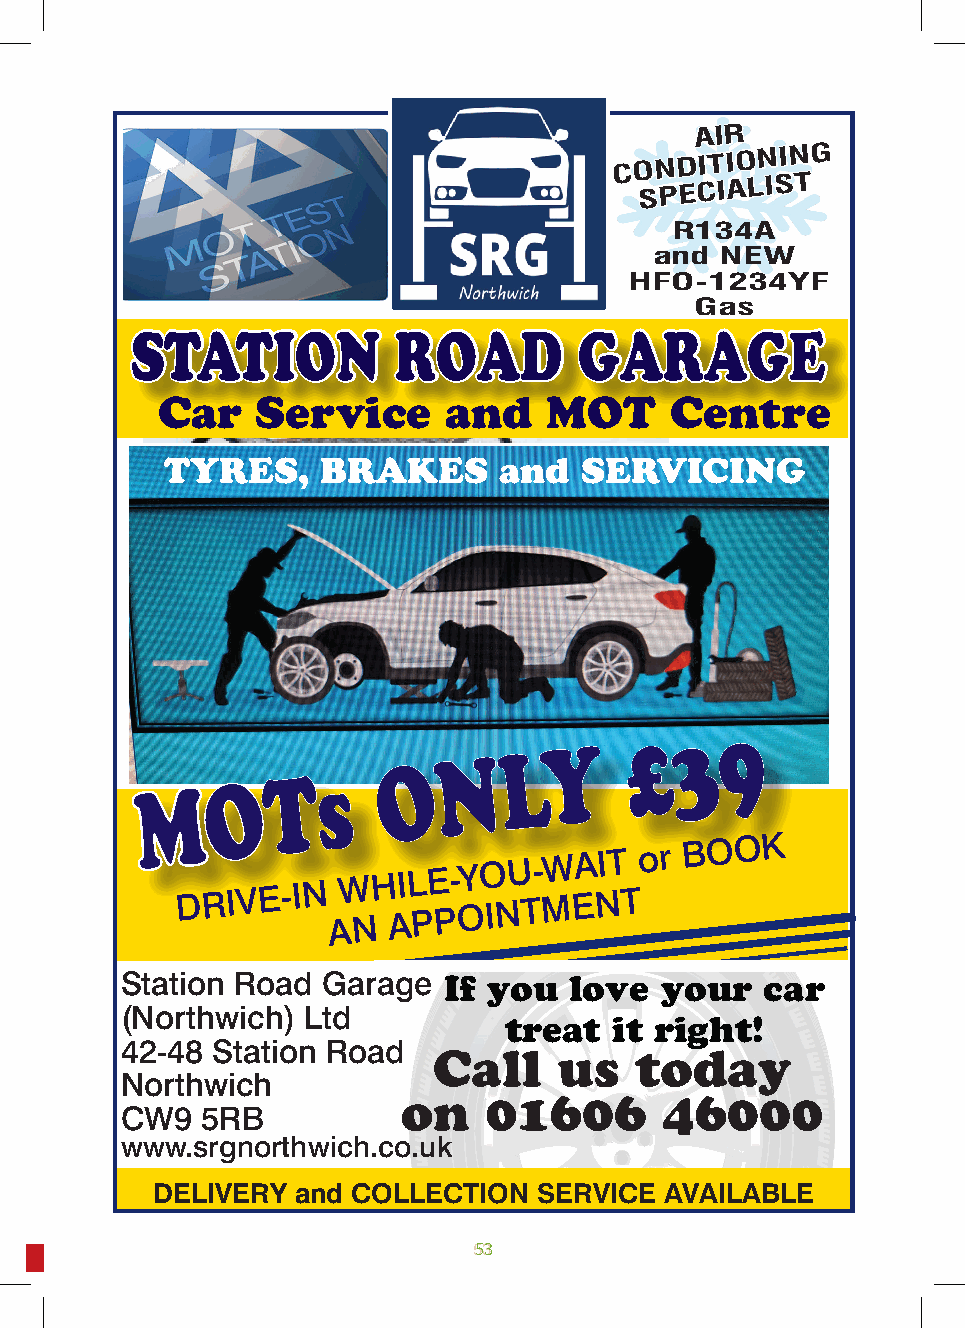
AIR
 CONDITIONING
 SPECIALIST
 R134A
 and  NEW
 HFO-1234YF
 Gas
 STATION          ROAD        GARAGE
 Car    Service     and    MOT     Centre
 TYRES,    BRAKES      and  SERVICING
 N
 LY
 £  3  9
 O
 O   T  s
 M
 2 a yor0 e u,0 rw0 D sa0 ti R
 o
 tr rie n I ya Vg !d Efe or -rs I N AW NH AIL PE P- OYO INU T- MW EA NIT T or
 BOOK
 Station Road Garage  If you   love  your   car
 (Northwich) Ltd
 treat   it right!
 42-48 Station Road
 Call    us   today
 Northwich
 on   01606       46000
 CW9  5RB
 www.srgnorthwich.co.uk
 DELIVERY  and COLLECTION  SERVICE AVAILABLE
 52                             5533